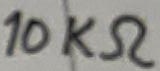
Text: 10KΩ